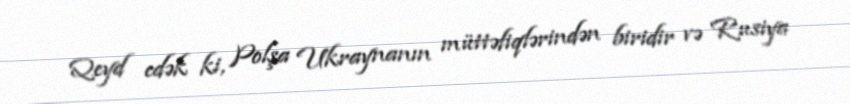
Qeyd edək ki, Polşa Ukraynanın müttəfiqlərindən biridir və Rusiya